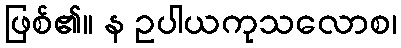
ဖြစ်၏။ န ဥပါယကုသလောစ၊